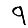
Digit: 9